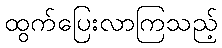
ထွက်ပြေးလာကြသည့်